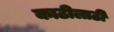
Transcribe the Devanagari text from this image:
काठीलाठी